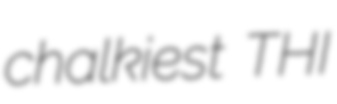
chalkiest THI